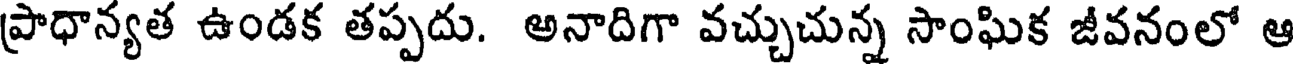
ప్రాధాన్యత ఉండక తప్పదు. అనాదిగా వచ్చుచున్న సాంఘిక జీవనంలో ఆ